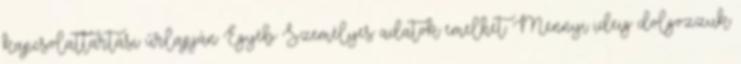
kapcsolattartási űrlapján Egyéb Személyes adatok emelhet. Mennyi ideig dolgozzuk